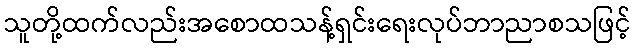
သူတို့ထက်လည်းအစောထသန့်ရှင်းရေးလုပ်ဘာညာစသဖြင့်